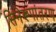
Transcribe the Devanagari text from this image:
सिनेरूपांतरण